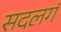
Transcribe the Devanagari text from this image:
सदलगं